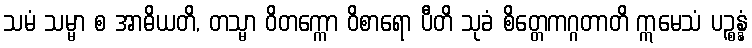
သမံ သမ္မာ စ အာဓိယတိ, တသ္မာ ဝိတက္ကော ဝိစာရော ပီတိ သုခံ စိတ္တေကဂ္ဂတာတိ ဣမေသံ ပဉ္စန္နံ